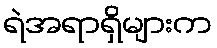
ရဲအရာရှိများက